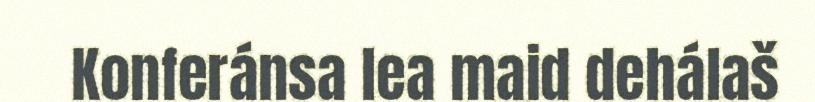
Konferánsa lea maid dehálaš